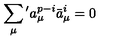
\sum _ { \mu } { } ^ { \prime } a _ { \mu } ^ { p - i } \bar { a } _ { \mu } ^ { i } = 0